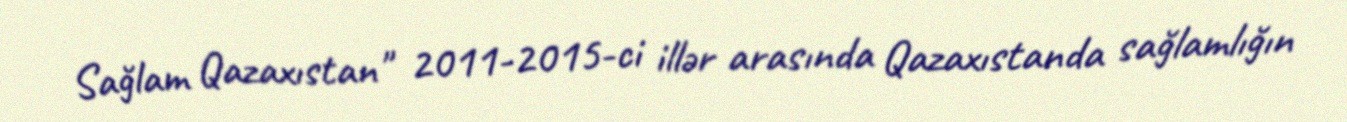
Sağlam Qazaxıstan" 2011-2015-ci illər arasında Qazaxıstanda sağlamlığın